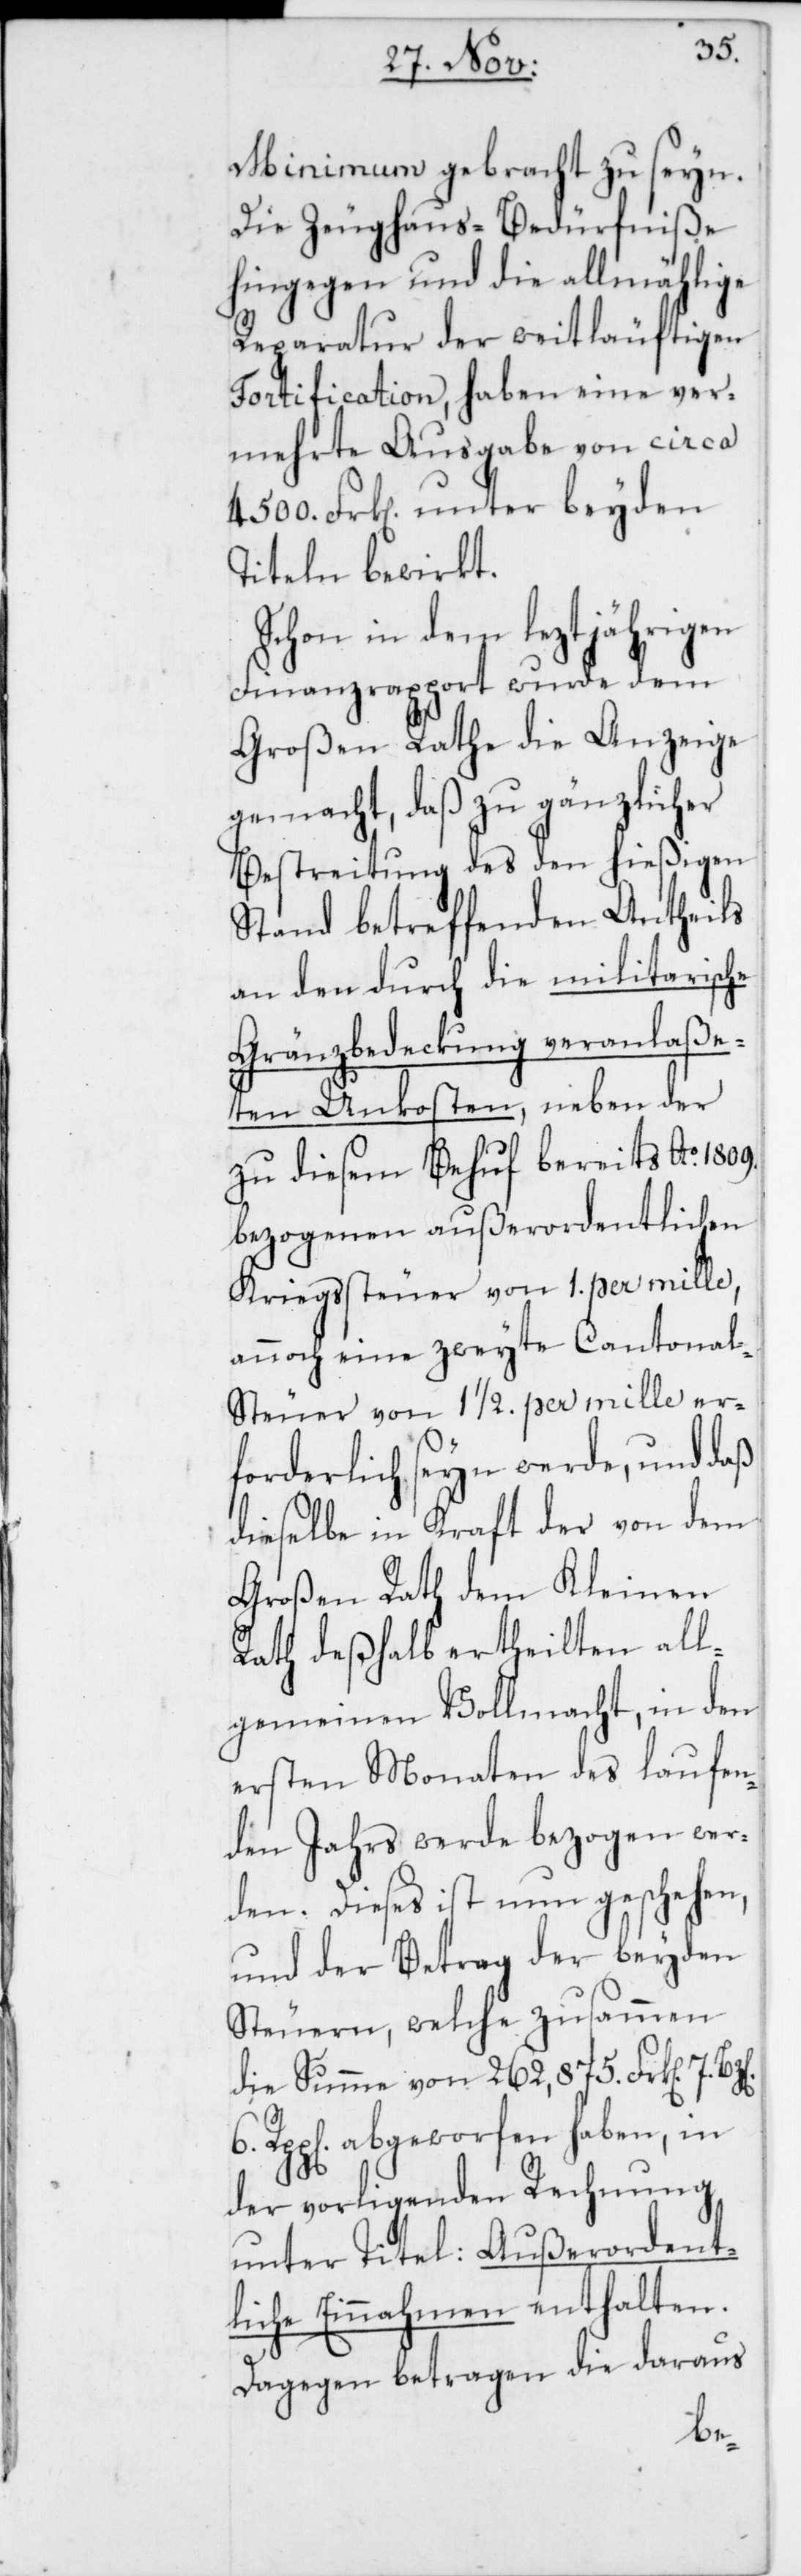
Minimum gebracht zu seyn.
Die Zeughaus-Bedürfniße
hingegen und die allmählige
Reparatur der weitläufigen
Fortification, haben eine ver¬
mehrte Ausgabe von circa
4500. Frk. unter beyden
Titeln bewirkt.
Schon in dem leztjährigen
Finanzrapport wurde dem
Großen Rathe die Anzeige
gemacht, daß zu gänzlicher
Bestreitung des den hießigen
Stand betreffenden Antheils
an den durch die militarische
Gränzbedeckung veranlaße¬
ten Unkosten, neben der
zu diesem Behuf bereits Ao. 1809.
bezogenen außerordentlichen
Kriegssteuer von 1. per mille,
annoch eine zweyte Cantona¬
l-Steuer von 1 1/2. per mille er¬
forderlich seyn werde, und daß
dieselbe in Kraft der von dem
Großen Rath dem Kleinen
Rath deßhalb ertheilten all¬
gemeinen Vollmacht, in den
ersten Monaten des laufen¬
den Jahrs werde bezogen wer¬
den. Dieses ist nun geschehen,
und der Betrag der beyden
Steuern, welche zusammen
die Summe von 262.875. Frk[en]. 7.
abgeworfen haben, in
der vorligenden Rechnung
unter Titel: Außerordent¬
liche Einnahmen enthalten.
Dagegen betragen die daraus